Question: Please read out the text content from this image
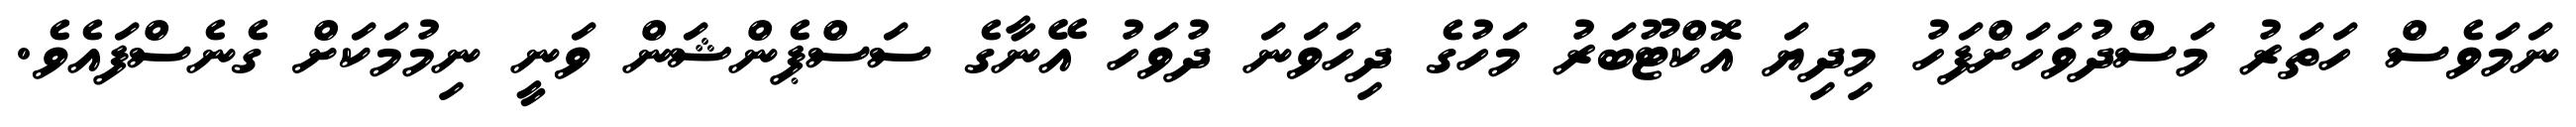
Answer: ނަމަވެސް ހަތަރު މަސްދުވަހަށްފަހު މިދިޔަ އޮކްޓޫބަރު މަހުގެ ދިހަވަނަ ދުވަހު އޭނާގެ ސަސްޕެންޝަން ވަނީ ނިމުމަކަށް ގެނެސްފައެވެ.